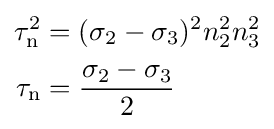
{\begin{aligned}\tau _{\text{n}}^{2}&=(\sigma _{2}-\sigma _{3})^{2}n_{2}^{2}n_{3}^{2}\\\tau _{\text{n}}&={\frac {\sigma _{2}-\sigma _{3}}{2}}\end{aligned}}